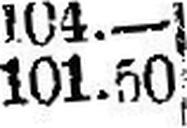
101.50